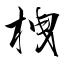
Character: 栧